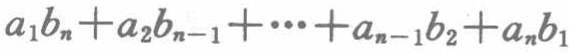
\(a_{1}b_{n}+a_{2}b_{n - 1}+\cdots+a_{n - 1}b_{2}+a_{n}b_{1}\)